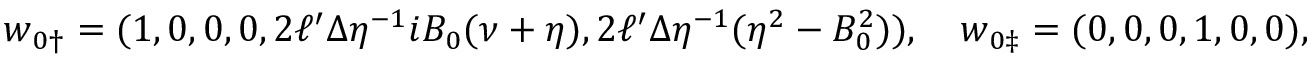
\boldsymbol { w } _ { 0 \dag } = ( 1 , 0 , 0 , 0 , 2 \ell ^ { \prime } \Delta \eta ^ { - 1 } i B _ { 0 } ( \nu + \eta ) , 2 \ell ^ { \prime } \Delta \eta ^ { - 1 } ( \eta ^ { 2 } - B _ { 0 } ^ { 2 } ) ) , \quad \boldsymbol { w } _ { 0 \ddag } = ( 0 , 0 , 0 , 1 , 0 , 0 ) ,